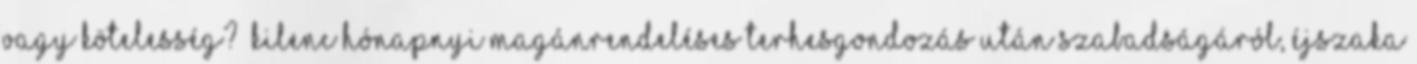
vagy kötelesség? „Kilenc hónapnyi magánrendeléses terhesgondozás után szabadságáról, éjszaka